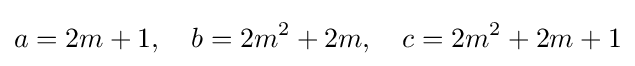
a=2m+1,\quad b=2m^{2}+2m,\quad c=2m^{2}+2m+1